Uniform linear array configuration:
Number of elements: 24
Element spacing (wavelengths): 1
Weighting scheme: kaiser
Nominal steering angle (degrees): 45
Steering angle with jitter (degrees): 46.533
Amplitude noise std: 0.05
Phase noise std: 0.05

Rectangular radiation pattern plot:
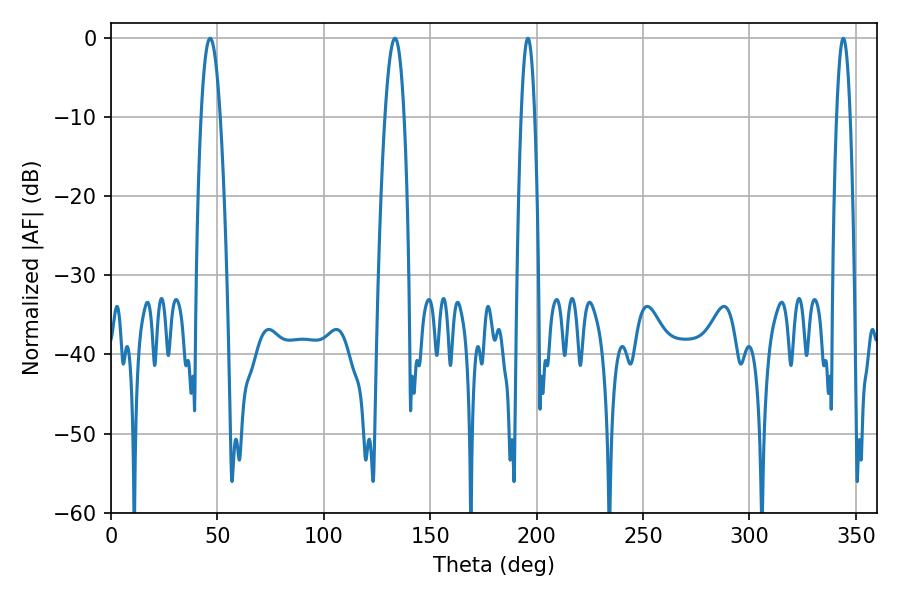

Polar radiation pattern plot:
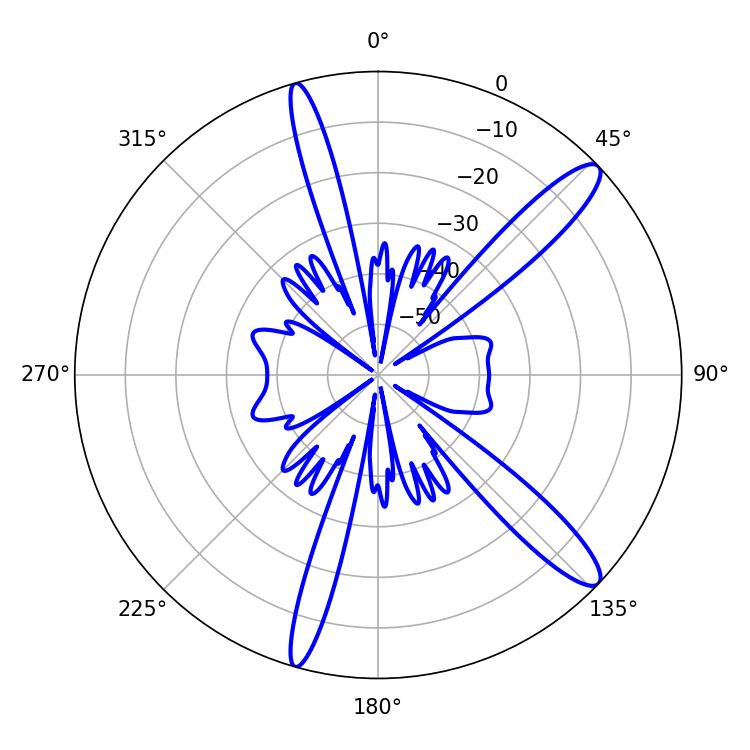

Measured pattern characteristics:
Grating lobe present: TRUE
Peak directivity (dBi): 13.033
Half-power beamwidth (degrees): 5.04
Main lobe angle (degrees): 46.62